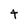
Character: t